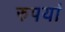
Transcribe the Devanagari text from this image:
रुपयां